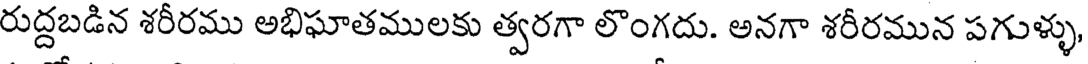
రుద్దబడిన శరీరము అభిఘాతములకు త్వరగా లొంగదు. అనగా శరీరమున పగుళ్ళు